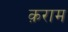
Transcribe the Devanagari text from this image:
क़राम